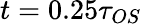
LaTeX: t=0.25\tau_{OS}